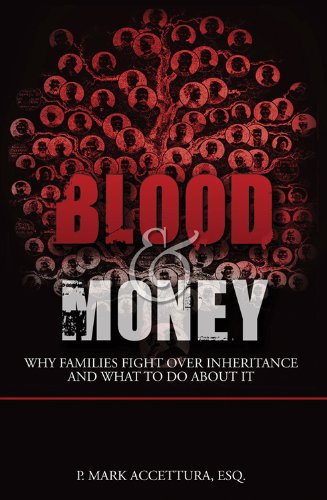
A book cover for Blood & Money: Why Families Fight Over Inheritance and What To Do About It; P. Mark Accettura; Law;